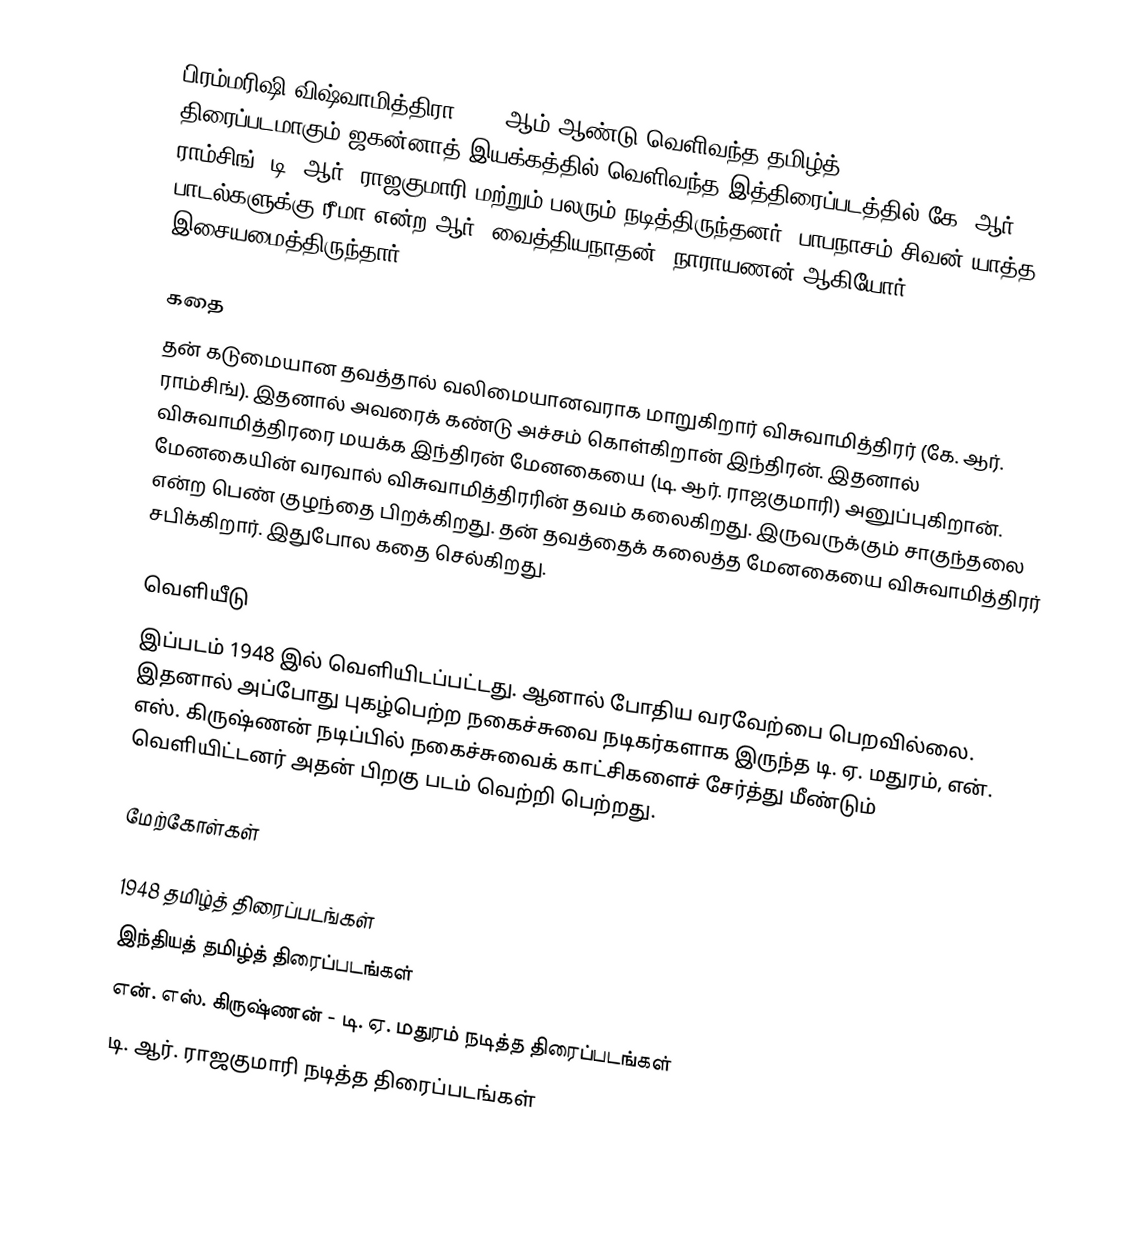
பிரம்மரிஷி விஷ்வாமித்திரா 1948 ஆம் ஆண்டு வெளிவந்த தமிழ்த் திரைப்படமாகும்.ஜகன்னாத் இயக்கத்தில் வெளிவந்த இத்திரைப்படத்தில் கே. ஆர். ராம்சிங், டி. ஆர். ராஜகுமாரி மற்றும் பலரும் நடித்திருந்தனர். பாபநாசம் சிவன் யாத்த பாடல்களுக்கு ரீமா என்ற ஆர். வைத்தியநாதன், நாராயணன் ஆகியோர் இசையமைத்திருந்தார்.

கதை
தன் கடுமையான தவத்தால் வலிமையானவராக மாறுகிறார் விசுவாமித்திரர் (கே. ஆர். ராம்சிங்). இதனால் அவரைக் கண்டு அச்சம் கொள்கிறான் இந்திரன். இதனால் விசுவாமித்திரரை மயக்க இந்திரன் மேனகையை (டி. ஆர். ராஜகுமாரி) அனுப்புகிறான். மேனகையின் வரவால் விசுவாமித்திரரின் தவம் கலைகிறது. இருவருக்கும் சாகுந்தலை என்ற பெண் குழந்தை பிறக்கிறது. தன் தவத்தைக் கலைத்த மேனகையை விசுவாமித்திரர் சபிக்கிறார். இதுபோல கதை செல்கிறது.

வெளியீடு
இப்படம் 1948 இல் வெளியிடப்பட்டது. ஆனால் போதிய வரவேற்பை பெறவில்லை. இதனால் அப்போது புகழ்பெற்ற நகைச்சுவை நடிகர்களாக இருந்த டி. ஏ. மதுரம், என். எஸ். கிருஷ்ணன் நடிப்பில் நகைச்சுவைக் காட்சிகளைச் சேர்த்து மீண்டும் வெளியிட்டனர் அதன் பிறகு படம் வெற்றி பெற்றது.

மேற்கோள்கள்

1948 தமிழ்த் திரைப்படங்கள்
இந்தியத் தமிழ்த் திரைப்படங்கள்
என். எஸ். கிருஷ்ணன் - டி. ஏ. மதுரம் நடித்த திரைப்படங்கள்
டி. ஆர். ராஜகுமாரி நடித்த திரைப்படங்கள்